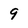
Character: 9